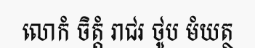
លោកំ ចិត្តំ រាជរ ថូប មំយត្ថ